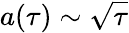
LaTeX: a(\tau)\sim\sqrt{\tau}